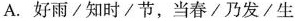
A.好雨/知时/节，当春/乃发/生